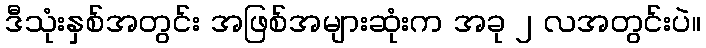
ဒီသုံးနှစ်အတွင်း အဖြစ်အများဆုံးက အခု ၂ လအတွင်းပဲ။